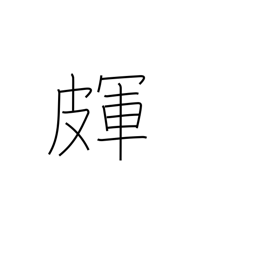
Meaning: skin cracks or roughness